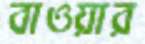
বাওয়ার